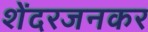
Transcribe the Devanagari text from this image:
शेंदरजनकर